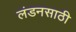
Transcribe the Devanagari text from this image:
लंडनसाठी